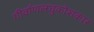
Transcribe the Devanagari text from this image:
गीर्वाणलघुकोशकार